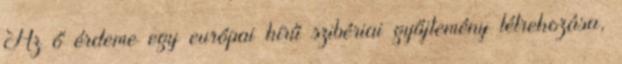
Az ő érdeme egy európai hírű szibériai gyűjtemény létrehozása,